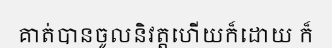
គាត់បានចូលនិវត្តហើយក៏ដោយ ក៏